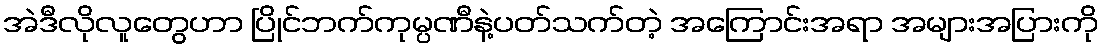
အဲဒီလိုလူတွေဟာ ပြိုင်ဘက်ကုမ္ပဏီနဲ့ပတ်သက်တဲ့ အကြောင်းအရာ အများအပြားကို